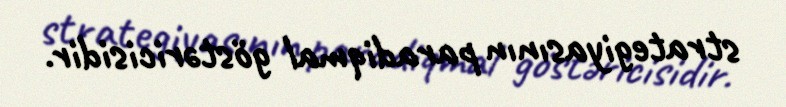
strategiyasının paradiqmal göstəricisidir.